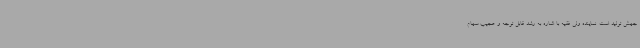
جهش تولید است. نماینده ولی فقیه با اشاره به رشد قابل توجه و عجیب سهام